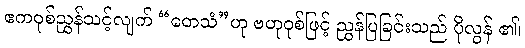
ဧကဝုစ်ညွှန်သင့်လျက် “တေသံ”ဟု ဗဟုဝုစ်ဖြင့် ညွှန်ပြခြင်းသည် ပိုလွန် ၏၊